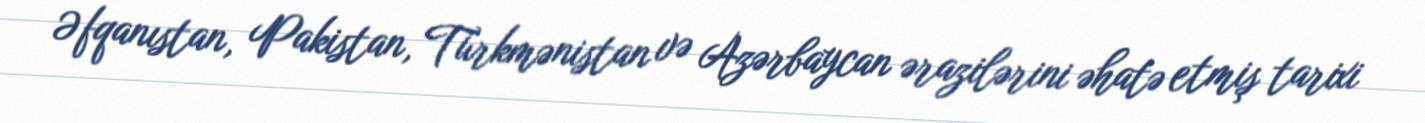
Əfqanıstan, Pakistan, Türkmənistan və Azərbaycan ərazilərini əhatə etmiş tarixi